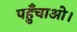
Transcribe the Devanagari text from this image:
पहुँचाओ।